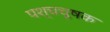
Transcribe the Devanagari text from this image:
पश्चचूषक